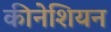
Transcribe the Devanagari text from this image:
कीनेशियन